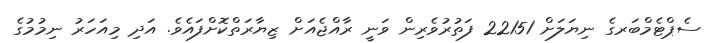
ސެޕްޓެމްބަރގެ ނިޔަލަށް 22151 ފަތުރުވެރިން ވަނީ ރާއްޖެއަށް ޒިޔާރަތްކޮށްފައެވެ. އަދި މިއަހަރު ނިމުމުގެ